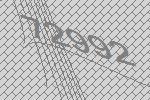
72992